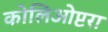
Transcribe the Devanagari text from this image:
कोलिओप्टरा